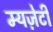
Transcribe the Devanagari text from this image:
म्यज़ेटी